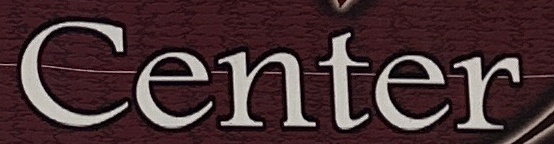
Center